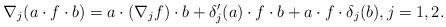
LaTeX: \begin{align*} \nabla_j(a\cdot f\cdot b) = a \cdot (\nabla_j f) \cdot b + \delta'_j(a) \cdot f\cdot b + a \cdot f\cdot \delta_j(b) , j=1,2.\end{align*}